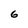
Character: 6